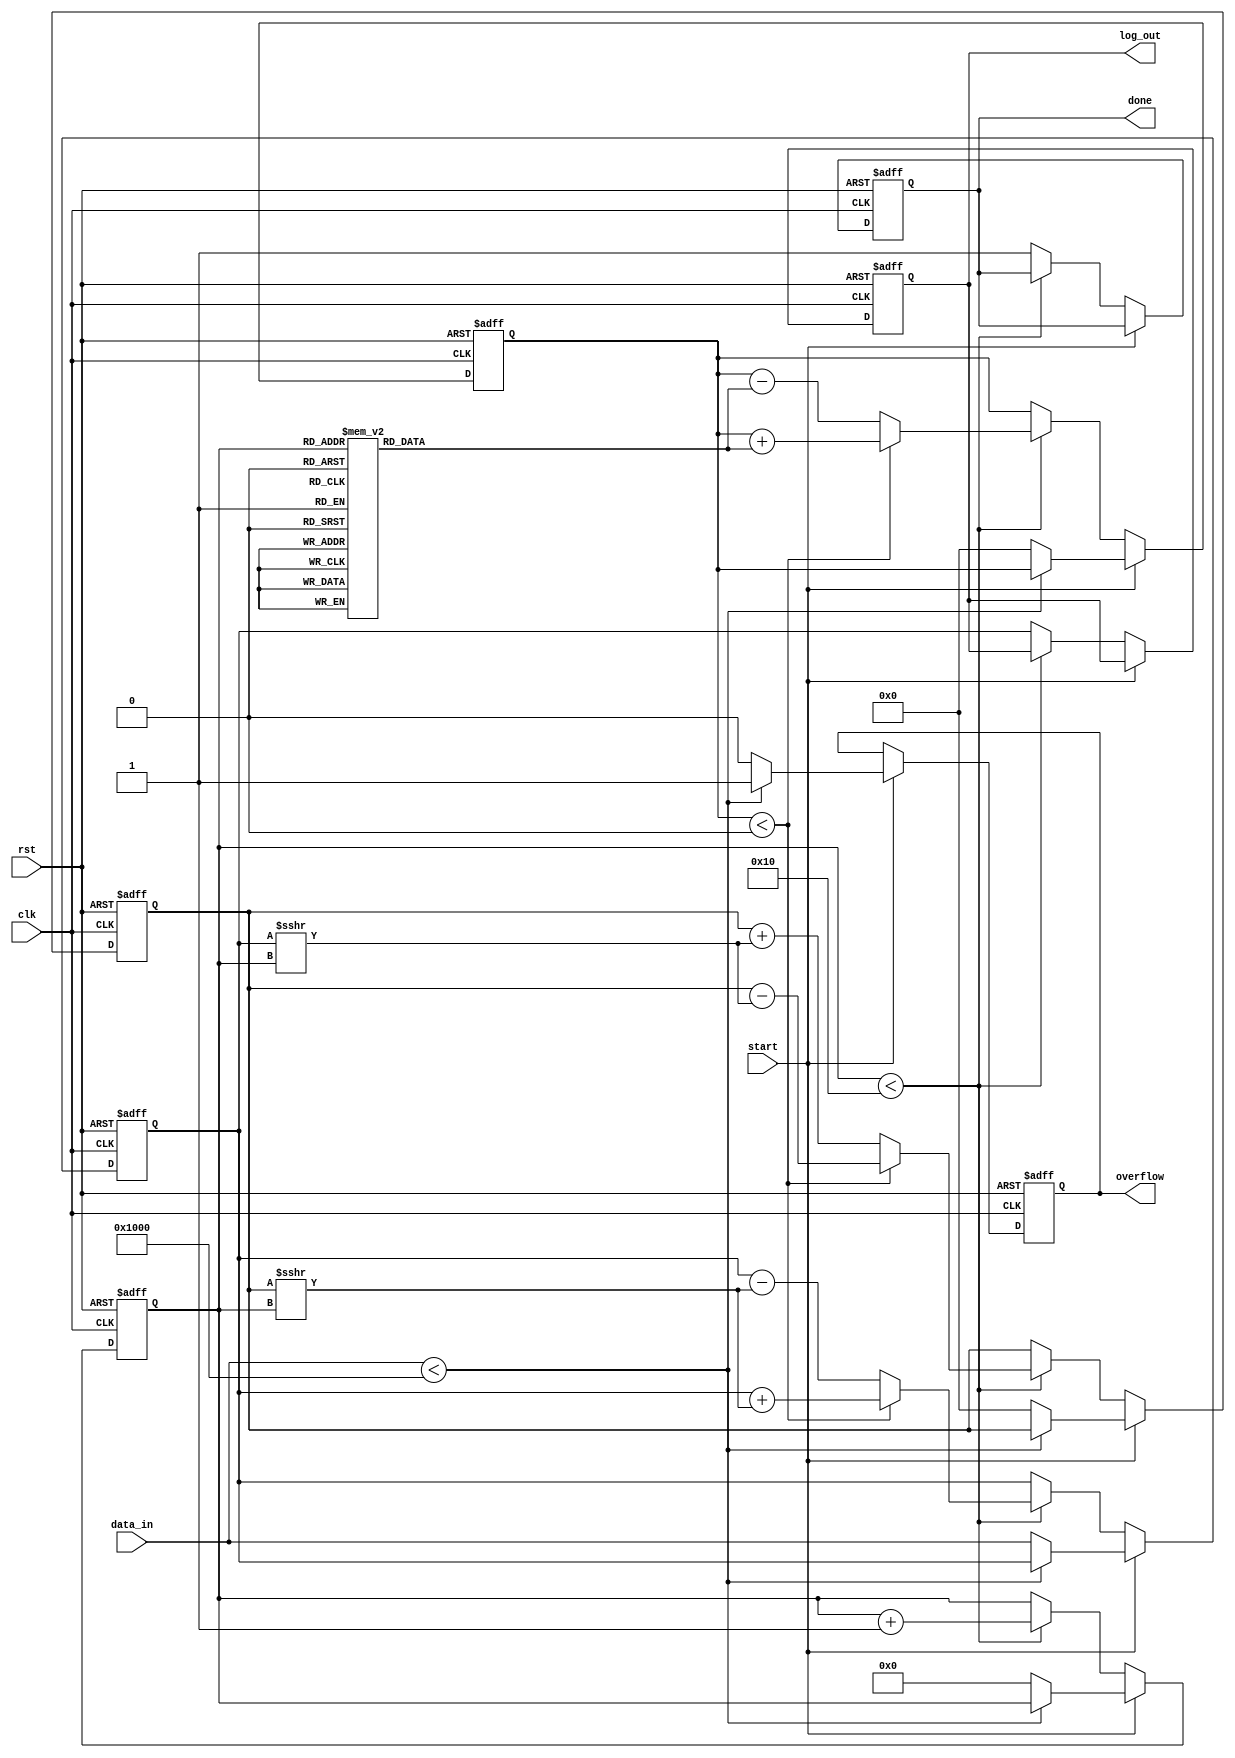
module cordic_logarithm (
    input wire clk,
    input wire rst,
    input wire start,
    input wire [15:0] data_in, // Input value for which logarithm is calculated (1.0 to 2.0)
    output reg [15:0] log_out,  // Logarithm output
    output reg done,            // Status flag indicating completion
    output reg overflow         // Overflow status flag
);

    // CORDIC parameters
    parameter NUM_ITERATIONS = 16; // Number of iterations
    reg [15:0] angle_table [0:NUM_ITERATIONS-1]; // Precomputed angles
    reg [15:0] x, y, z; // CORDIC variables
    reg [3:0] iteration; // Current iteration count

    // Initialize angle table for logarithmic calculations
    initial begin
        // Fill angle_table with appropriate values (in fixed-point format)
        angle_table[0] = 16'h0000; // theta_0 = 0
        angle_table[1] = 16'h1C71; // theta_1 = 0.7854 (pi/4)
        angle_table[2] = 16'h1A6D; // theta_2 = 0.4636
        angle_table[3] = 16'h148F; // theta_3 = 0.2449
        angle_table[4] = 16'h0D3D; // theta_4 = 0.1244
        // ... (Complete the table for all iterations)
    end

    // Control logic
    always @(posedge clk or posedge rst) begin
        if (rst) begin
            x <= 16'h0000; // Reset x
            y <= 16'h0000; // Reset y
            z <= 16'h0000; // Reset z
            iteration <= 0; // Reset iteration count
            log_out <= 16'h0000; // Reset output
            done <= 0; // Reset done flag
            overflow <= 0; // Reset overflow flag
        end else if (start) begin
            // Normalize input to fit in the range [1, 2]
            if (data_in < 16'h1000) begin // Example normalization check
                overflow <= 1; // Indicate overflow
            end else begin
                overflow <= 0; // No overflow
                x <= data_in; // Set input value
                y <= 16'h0000; // Initial y
                z <= 16'h0000; // Initial z
                iteration <= 0; // Start iterations
            end
        end else if (iteration < NUM_ITERATIONS) begin
            // Perform CORDIC iterations for logarithm
            if (z < 0) begin
                x <= x + (y >>> iteration); // Clockwise rotation
                y <= y - (x >>> iteration);
                z <= z + angle_table[iteration]; // Update angle
            end else begin
                x <= x - (y >>> iteration); // Counter-clockwise rotation
                y <= y + (x >>> iteration);
                z <= z - angle_table[iteration]; // Update angle
            end
            iteration <= iteration + 1; // Increment iteration count
        end else begin
            // Final output processing
            log_out <= x; // Assign final value to output
            done <= 1; // Set done flag
        end
    end

endmodule